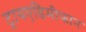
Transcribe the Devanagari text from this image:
ट्रायएडिमीफान